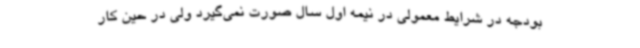
بودجه در شرایط معمولی در نیمه اول سال صورت نمی‌گیرد ولی در حین کار